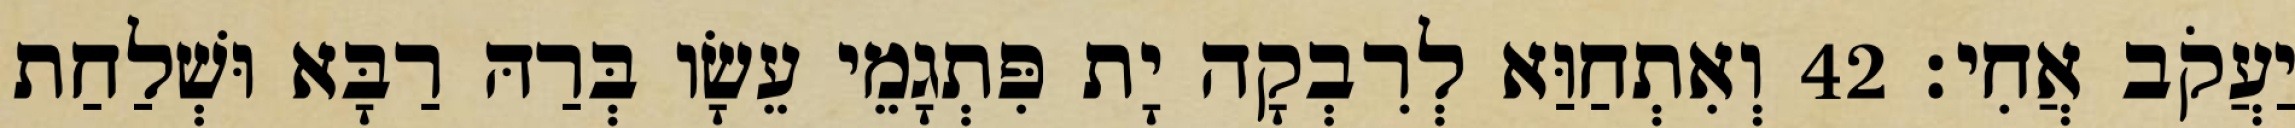
יַעֲקֹב אֲחִי׃ 42 וְאִתְחַוַּא לְרִבְקָה יָת פִּתְגָמֵי עֵשָׂו בְּרַהּ רַבָּא וּשְׁלַחַת